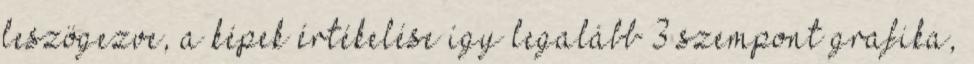
leszögezve, a képek értékelése így legalább 3 szempont grafika,